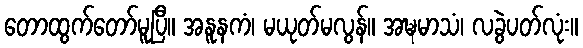
တောထွက်တော်မူပြီ။ အနူနကံ၊ မယုတ်မလွန်။ အဍ္ဎမာသံ၊ လခွဲပတ်လုံး။